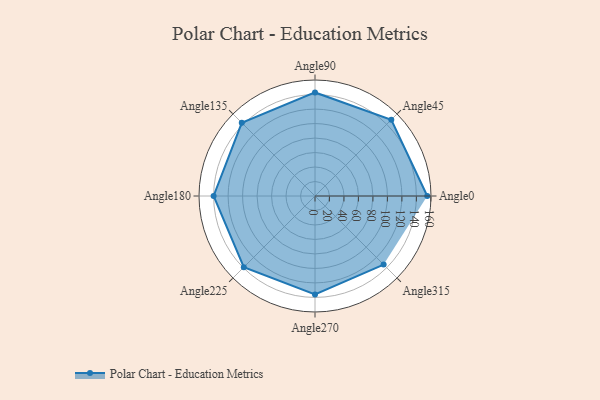
{"axis": {"x": "Angle", "y": "Radius"}, "legend": [""], "data": [{"x": "Angle0", "y": 155.0, "type": ""}, {"x": "Angle45", "y": 149.0, "type": ""}, {"x": "Angle90", "y": 143.0, "type": ""}, {"x": "Angle135", "y": 143.0, "type": ""}, {"x": "Angle180", "y": 140.0, "type": ""}, {"x": "Angle225", "y": 139.0, "type": ""}, {"x": "Angle270", "y": 136.0, "type": ""}, {"x": "Angle315", "y": 134.0, "type": ""}]}